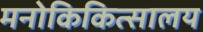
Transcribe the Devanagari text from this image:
मनोकिकित्सालय